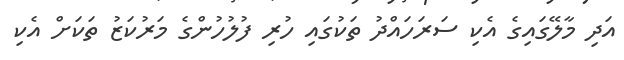
އަދި މާލޭގައިގެ އެކި ސަރަހައްދު ތަކުގައި ހުރި ފުލުހުންގެ މަރުކަޒު ތަކަށް އެކި